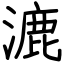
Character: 漉